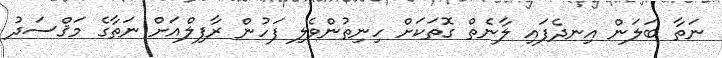
ނަތާ ބަލަން އިނދެފައި ލާނެތް ގޮތަކަށް ހިނިތުންވެލި ފަހުން ރާފިލްއަށް ނަތާގެ މަޤްސަދު